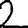
Digit: 2